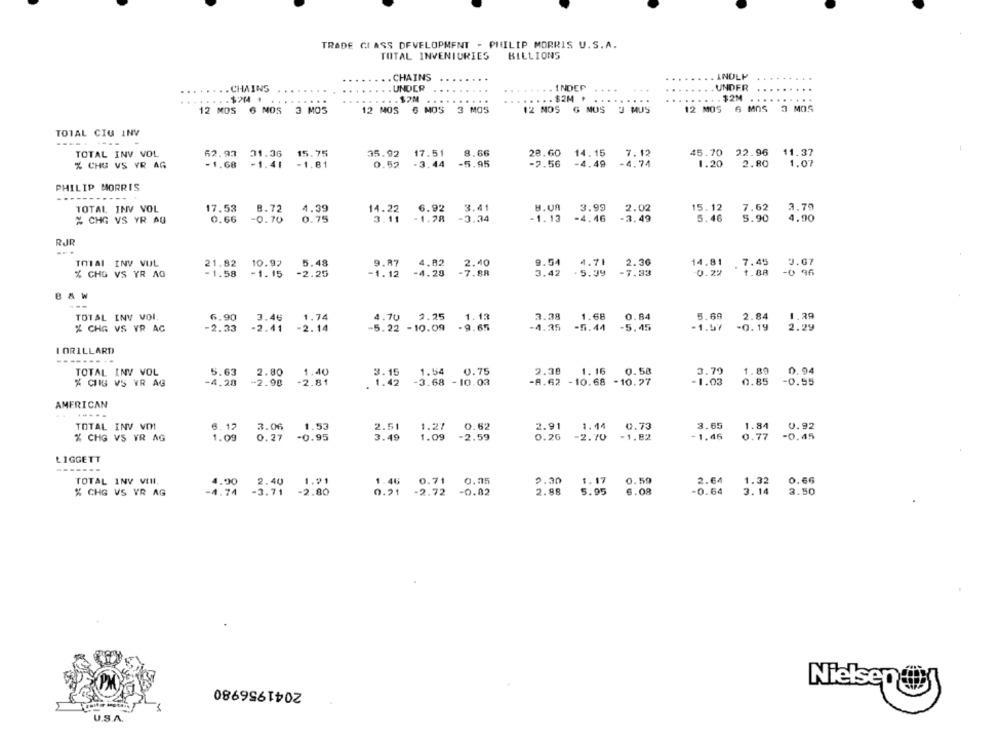
TRADE CLASS DEVELOPMENT - PHILIP MORRIS U.S.A.
TOTAL INVENTORIES
BILLIONS
.... . ... CHAINS
.....
. INOLP
....... . CHAINS
. . . .. UNDER
...... INDEP
...
UNDER
. . . $2M
....
... . $2M
..... $2M . .
12 MOS 6 NOS 3 MOS
12 MOS G MOS 3 MOS
12 NOS G MOS 3 MUS
12 MOS 6 MOS 3 MOS
TOTAL CIU INV
----- ----
TOTAL INV VOL
62.93
31.36
15.75
35.92
17.51
8.66
28.60
14.15
7.12
45.70 22.96
11.37
-1.68
-1.41
-1.81
0.52
.3.44
-5.95
-2.56
-4.49
-4.74
1.20
2.80
1.07
% CHE VS VR AG
PHILIP MORRIS
----
TOTAL INV VOL
17.53
8.72
4.39
14.22
6.92
3.41
8.V8
3.99
2.79
7.62
5.90
% CHG VS YR AQ
0.66
-0.70
0.75
3.11
-1.78
-3.34
-1. 13
-4.46
3. 49
4.90
RJR
3.07
TOTAL INV VUL
21.82
10.97
5.48
9.87
4.82
2.40
9.54
4.71
2.36
14.81
7.45
% CHG VS YR AG
-1.58
-1.15
-2.25
-1. 12
-4.29
-7.88
3.42
. 5.39
-7.33
0.22
1.88
-0 96
B & W
---
TOTAL INV VOI.
6.90
3.46
1.74
4.70
2.25
1.13
3.38
1.68
0.84
5.69
2.84
1.29
2.33
5.22 -10.09
-9.65
-4.35
-5.44
-5.45
-1.57
-0.19
2.29
% CHA VS VR AC
-2.41
-2. 14
I ORILLARDI
----- -
TOTAL INV VOL
5.63
2.80
1.40
3.15
1.54
0.75
2.38
1.16
0.58
3.79
1.89
0.94
X CIIG VS YR AG
-4,28
-2.98
-2.81
1.42
-3.68 - 10.03
-A.62 - 10.68 - 10.27
-1.03
0.85
-0.55
AMERICAN
3.65
0.92
TOTAL INV VM
3.06
1.53
2.51
1.27
0.62
2.91
1.44
0.73
1.84
% CHG VS VR AG
1.09
0.27
-0.95
3.49
-2.59
0.26
-2.70
-1.82
-1.46
0.77
-0.45
LIGGETT
-------
TOTAL INV VIII.
4.90
2.40
1.91
1.46
0.71
0.35
2.30
1. 17
0.59
2.64
1.32
0.66
2.98
6.08
3. 14
X CHG VS VR AG
-4.74
-3.71
-2.80
0.21
- 2.72
-0.82
5.95
-0.64
3.50
2041956980
Nielsen @
U.S.A.